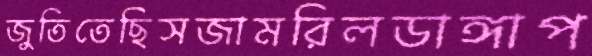
জুতিতেছিসজামরিলডাঙ্গাপ